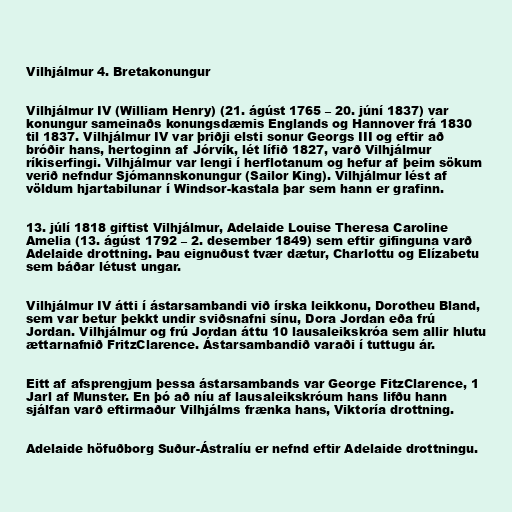
Vilhjálmur 4. Bretakonungur

Vilhjálmur IV (William Henry) (21. ágúst 1765 – 20. júní 1837) var
konungur sameinaðs konungsdæmis Englands og Hannover frá 1830
til 1837. Vilhjálmur IV var þriðji elsti sonur Georgs III og eftir að
bróðir hans, hertoginn af Jórvík, lét lífið 1827, varð Vilhjálmur
ríkiserfingi. Vilhjálmur var lengi í herflotanum og hefur af þeim sökum
verið nefndur Sjómannskonungur (Sailor King). Vilhjálmur lést af
völdum hjartabilunar í Windsor-kastala þar sem hann er grafinn.

13. júlí 1818 giftist Vilhjálmur, Adelaide Louise Theresa Caroline
Amelia (13. ágúst 1792 – 2. desember 1849) sem eftir gifinguna varð
Adelaide drottning. Þau eignuðust tvær dætur, Charlottu og Elízabetu
sem báðar létust ungar.

Vilhjálmur IV átti í ástarsambandi við írska leikkonu, Dorotheu Bland,
sem var betur þekkt undir sviðsnafni sínu, Dora Jordan eða frú
Jordan. Vilhjálmur og frú Jordan áttu 10 lausaleikskróa sem allir hlutu
ættarnafnið FritzClarence. Ástarsambandið varaði í tuttugu ár.

Eitt af afsprengjum þessa ástarsambands var George FitzClarence, 1
Jarl af Munster. En þó að níu af lausaleikskróum hans lifðu hann
sjálfan varð eftirmaður Vilhjálms frænka hans, Viktoría drottning.

Adelaide höfuðborg Suður-Ástralíu er nefnd eftir Adelaide drottningu.